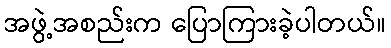
အဖွဲ့အစည်းက ပြောကြားခဲ့ပါတယ်။